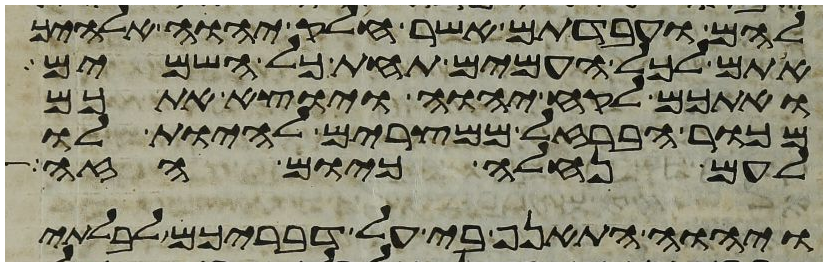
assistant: להם ועבדתם אשר חלק יהוה אלהיך
אתם לכל העמים תחת כל השמים
ואתכם לקח יהוה ויוצא אתכם
מכור הברזל ממצרים להיות לו
לעם נחלה כיום הזה
ויהוה התאנף בי על דבריכם לבלתי